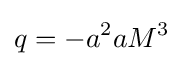
q=-a^{2}aM^{3}